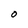
Character: O